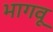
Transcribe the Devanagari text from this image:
भागवू